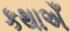
કથાએઁ